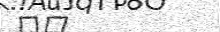
٥٧